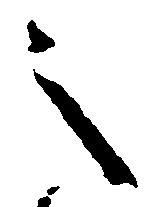
之